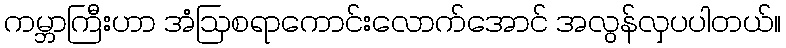
ကမ္ဘာကြီးဟာ အံဩစရာကောင်းလောက်အောင် အလွန်လှပပါတယ်။